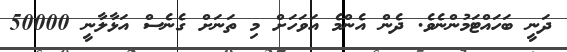
ދަނީ ބަހައްޓަމުންނެވެ. ދެން އެންމެ އަވަހަށް މި ތަނަށް ގެނެސް އަޅާލާނީ 50000